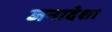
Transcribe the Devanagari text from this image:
जनादेश।